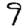
Digit: 9